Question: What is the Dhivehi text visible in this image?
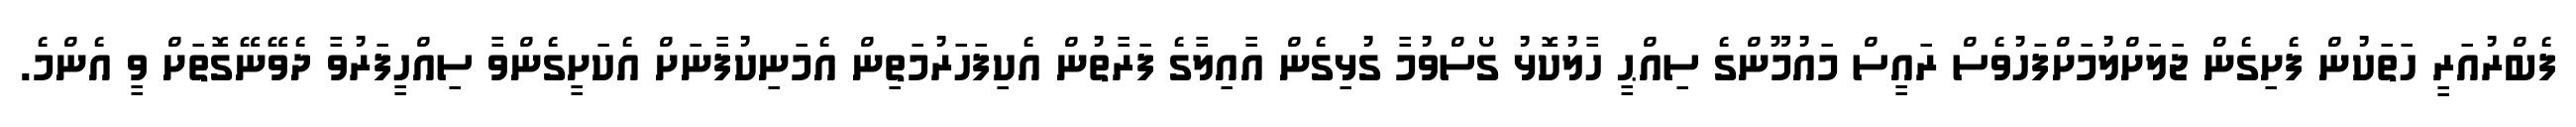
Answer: ފެބްރުއަރީ ހަތަކުން ފެށިގެން ޖަލަށްލުމަށްފަހުވެސް ރައީސް މައުމޫންގެ ސިއްޙީ ހާލުކޮޅު ގޯސްވުމާ ގުޅިގެން އާއިލާގެ ފަރާތުން އެކިފަހަރުމަތިން އެމަނިކުފާނަށް އެކަށީގެންވާ ސިއްހީފަރުވާ ދެވޭނޭގޮތަށް ވީ އެންމެ.